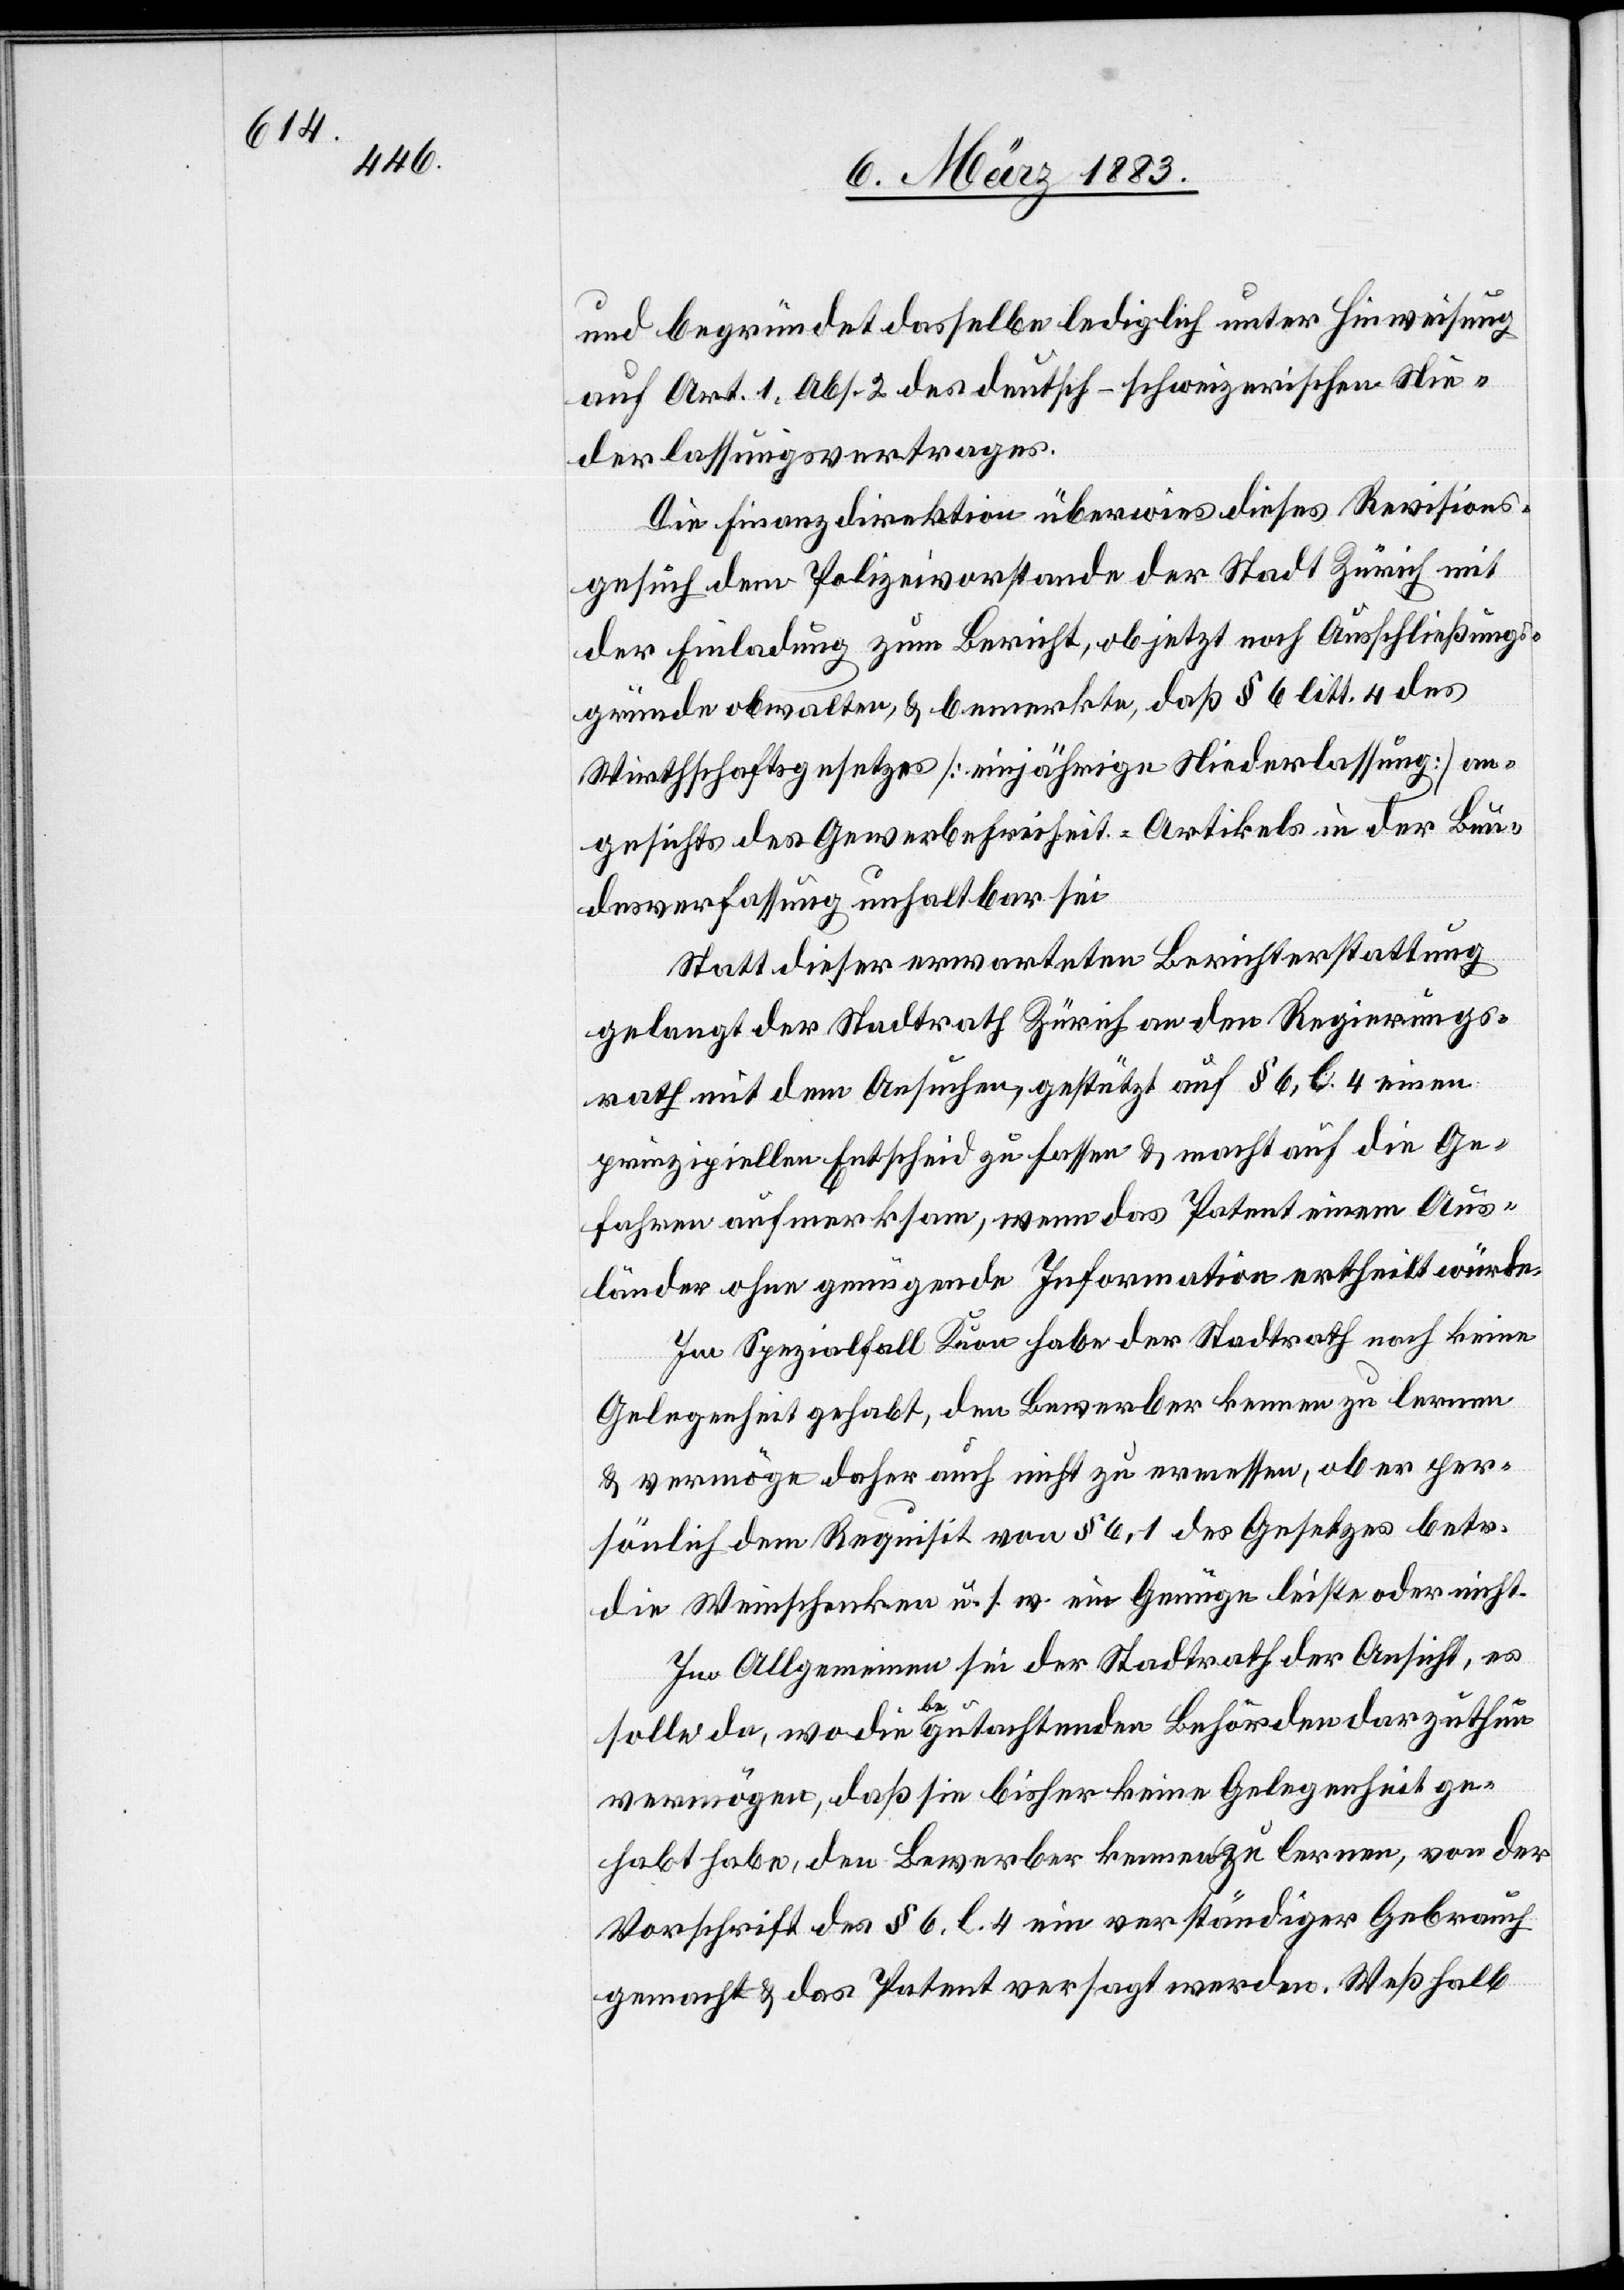
und begründet dasselbe lediglich unter Hinweisung
auf Art. 1, Abs. 2 des deutsch-schweizerischen Nie¬
derlassungsvertrages.
Die Finanzdirektion überwies dieses Revisions¬
der Einladung zum Bericht, ob jetzt noch Ausschließungs¬
gründe obwalten, & bemerkte, daß § 6 litt. 4 des
Wirthschaftsgesetzes [einjährige Niederlassung] an¬
gesichts des Gewerbefreiheit-Artikels in der Bun¬
desverfassung unhaltbar sei.
Statt [sic!] dieser erwarteten Berichterstattung
gelangt der Stadtrath Zürich an den Regierungs¬
rath mit dem Ansuchen, gestützt auf § 6, l. 4 einen
prinzipiellen Entscheid zu fassen & macht auf die Ge¬
fahren aufmerksam, wenn das Patent einem Aus¬
länder ohne genügende Information ertheilt würde.
Im Spezialfall Kuon habe der Stadtrath noch keine
Gelegenheit gehabt, den Bewerber kennen zu lernen
& vermöge daher auch nicht zu ermessen, ob er per¬
sönlich dem Requisit von § 6, 1 des Gesetzes betr.
die Weinschenken u. s. w. ein Genüge leiste oder nicht.
Im Allgemeinen sei der Stadtrath der Ansicht, es
such
der
solle da, wo die begutachtenden Behörden darzuthun
vermögen, daß sie bisher keine Gelegenheit ge¬
habt habe[n], den Bewerber kennen zu lernen, von der
Vorschrift des § 6, l. 4 ein verständiger Gebrauch
gemacht & das Patent versagt werden. Weßhalb